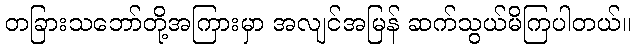
တခြားသဘော်တို့အကြားမှာ အလျင်အမြန် ဆက်သွယ်မိကြပါတယ်။